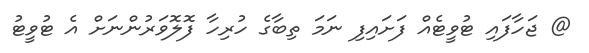
@ ޖަހާފައި ޓުވީޓެއް ފަށައިފި ނަމަ ތިބާގެ ހުރިހާ ފޮލޮވަރުންނަށް އެ ޓުވީޓު